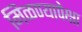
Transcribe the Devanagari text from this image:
मिळण्यापेक्षा